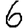
Digit: 6